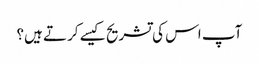
آپ اس کی تشریح کیسے کرتے ہیں؟